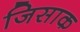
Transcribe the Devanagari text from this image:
जिसाक